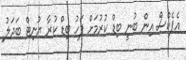
އެޕެކްސް އިން ބުނީ ބިޑް ކުރުމަށް ފަހު ބިޑް ކުރާ ޔުނިޓް ބަދަލު